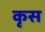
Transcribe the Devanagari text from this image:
कृस